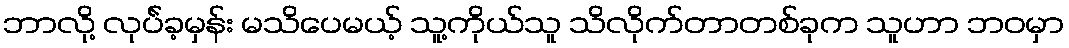
ဘာလို့ လုပ်ဲခ့မှန်း မသိပေမယ့် သူ့ကိုယ်သူ သိလိုက်တာတစ်ခုက သူဟာ ဘဝမှာ